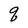
Character: q